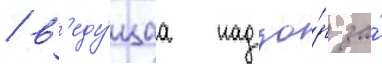
/ в'еду́щаа надзо́р за́